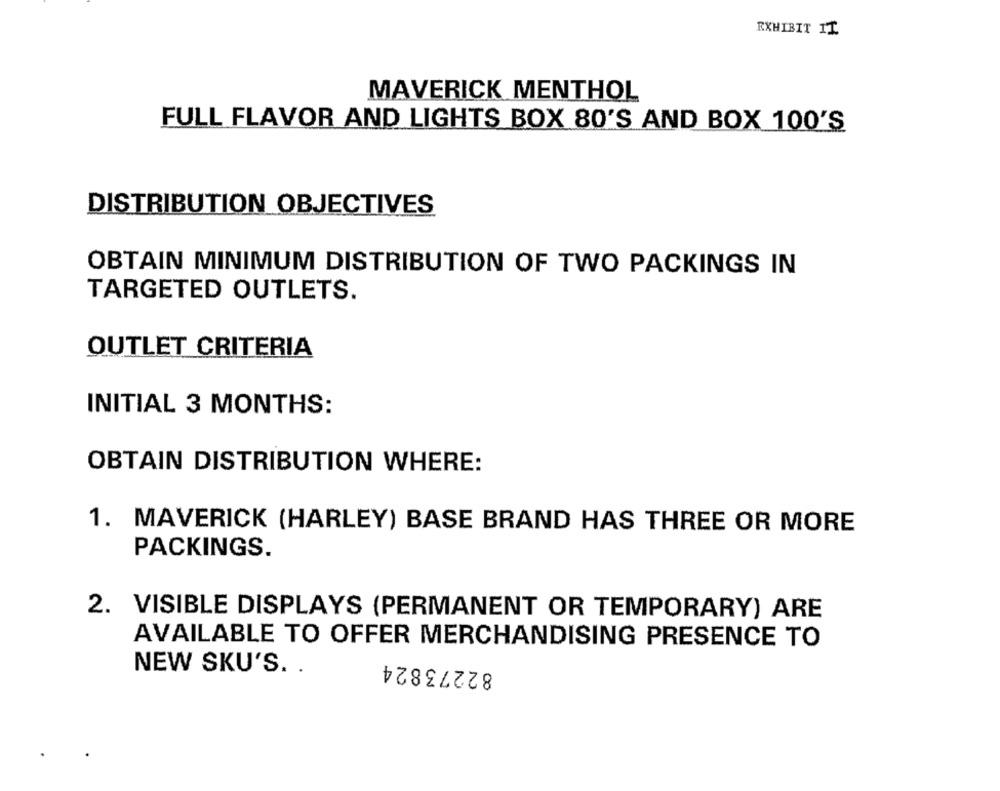
EXHIBIT IT
MAVERICK MENTHOL
FULL FLAVOR AND LIGHTS BOX 80'S AND BOX 100'S
DISTRIBUTION OBJECTIVES
OBTAIN MINIMUM DISTRIBUTION OF TWO PACKINGS IN
TARGETED OUTLETS.
OUTLET CRITERIA
INITIAL 3 MONTHS:
OBTAIN DISTRIBUTION WHERE:
1. MAVERICK (HARLEY) BASE BRAND HAS THREE OR MORE
PACKINGS.
2. VISIBLE DISPLAYS (PERMANENT OR TEMPORARY) ARE
AVAILABLE TO OFFER MERCHANDISING PRESENCE TO
82273824
NEW SKU'S. .